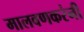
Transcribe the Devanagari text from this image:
मालवणकरंनी